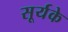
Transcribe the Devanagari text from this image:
सूर्यके